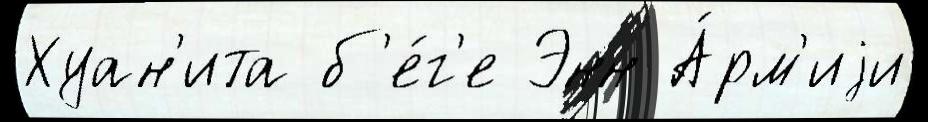
Хуан'ита б'е́г'е Энн А́рм'иjи